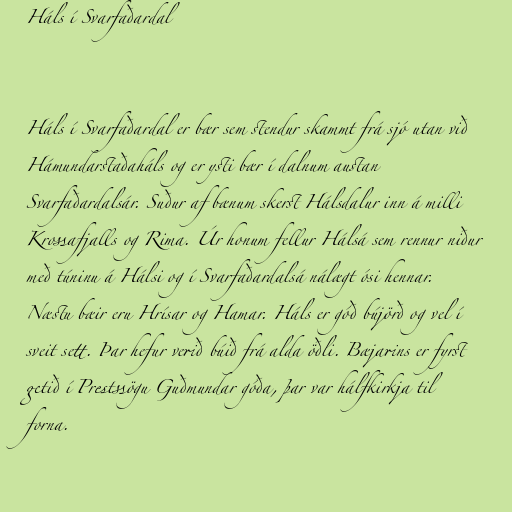
Háls í Svarfaðardal

Háls í Svarfaðardal er bær sem stendur skammt frá sjó utan við
Hámundarstaðaháls og er ysti bær í dalnum austan
Svarfaðardalsár. Suður af bænum skerst Hálsdalur inn á milli
Krossafjalls og Rima. Úr honum fellur Hálsá sem rennur niður
með túninu á Hálsi og í Svarfaðardalsá nálægt ósi hennar.
Næstu bæir eru Hrísar og Hamar. Háls er góð bújörð og vel í
sveit sett. Þar hefur verið búið frá alda öðli. Bæjarins er fyrst
getið í Prestssögu Guðmundar góða, þar var hálfkirkja til
forna.